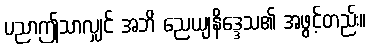
ပညာဤသာလျှင် အဘိ ညေယျနိဒ္ဒေသ၏ အဖွင့်တည်း။